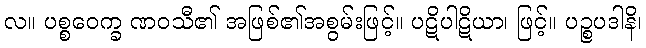
လ။ ပစ္စဝေက္ခ ဏဝသီ၏ အဖြစ်၏အစွမ်းဖြင့်။ ပဋိပါဋိယာ၊ ဖြင့်။ ပဉ္စပဒါနိ၊